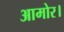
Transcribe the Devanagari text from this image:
आमोर।